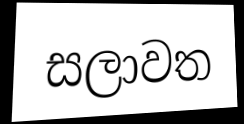
සලාවත